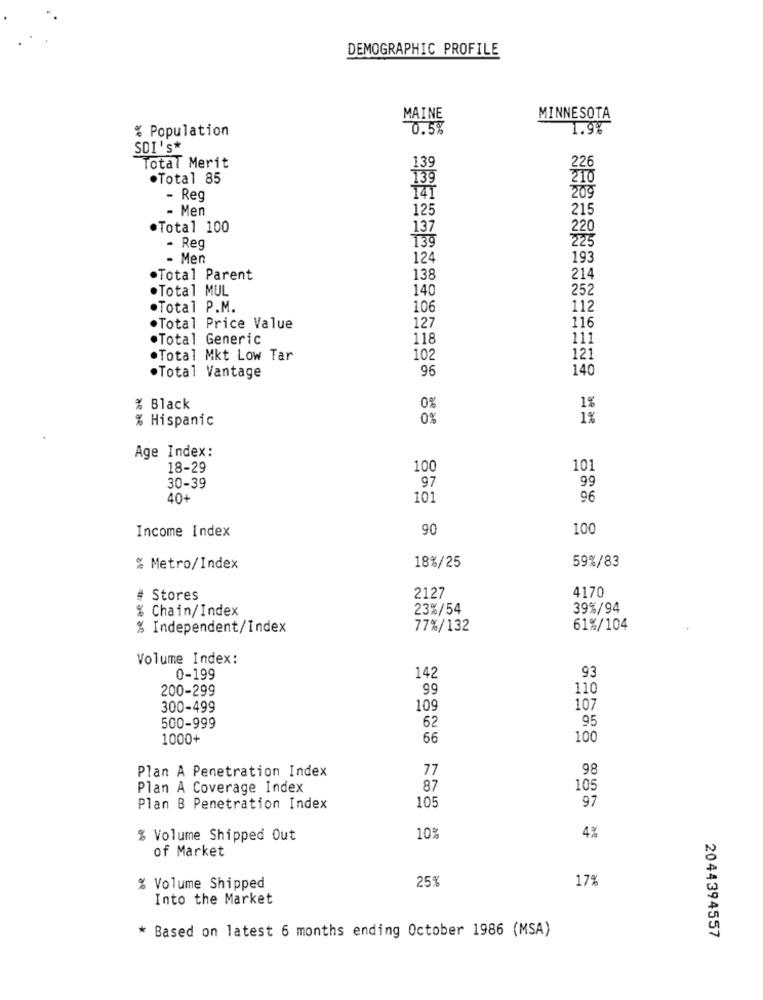
DEMOGRAPHIC PROFILE
MAINE
MINNESOTA
% Population
0.5%
1.9%
SDI's*
Total Merit
139
226
.Total 85
139
210
- Reg
141
209
- Men
125
215
·Total 100
137
220
- Reg
139
225
- Men
124
193
·Total Parent
138
214
.Total MUL
140
25
.Total P.M.
106
112
.Total Price Value
127
116
.Total Generic
118
111
.Total Mkt Low Tar
102
121
96
140
.Total Vantage
% Black
0%
1%
% Hispanic
0%
1%
Age Index:
18-29
100
101
97
99
30-39
40-
101
96
Income Index
90
100
18%/25
59%/83
% Metro/Index
4170
# Stores
2127
% Chain/Index
23%/54
39%/94
% Independent/Index
77%/132
61%/104
Volume Index:
93
0-199
142
200-299
99
110
300-499
109
107
95
500-999
62
1000+
66
100
Plan A Penetration Index
77
98
Plan A Coverage Index
87
105
105
97
Plan B Penetration Index
% Volume Shipped Out
10%
4%
of Market
25%
17%
% Volume Shipped
Into the Market
* Based on latest 6 months ending October 1986 (MSA)
2044394557